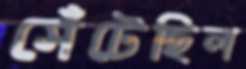
সেঁটেছিল